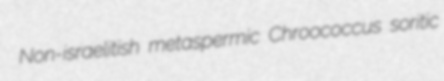
Non-israelitish metaspermic Chroococcus soritic